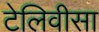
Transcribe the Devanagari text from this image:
टेलिवीसा